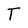
Character: T